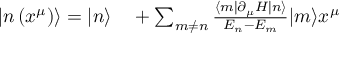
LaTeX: \begin{array} { r l } { \left| n \left( x ^ { \mu } \right) \right\rangle = | n \rangle } & { { } + \sum _ { m \neq n } { \frac { \langle m | \partial _ { \mu } H | n \rangle } { E _ { n } - E _ { m } } } | m \rangle x ^ { \mu } } \end{array}